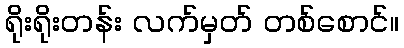
ရိုးရိုးတန်း လက်မှတ် တစ်စောင်။